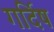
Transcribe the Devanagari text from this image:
गर्दिष